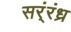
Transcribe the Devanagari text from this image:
सर्ंरंध्र